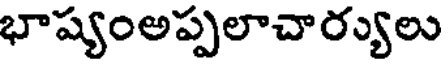
భాష్యంఅప్పలాచార్యులు